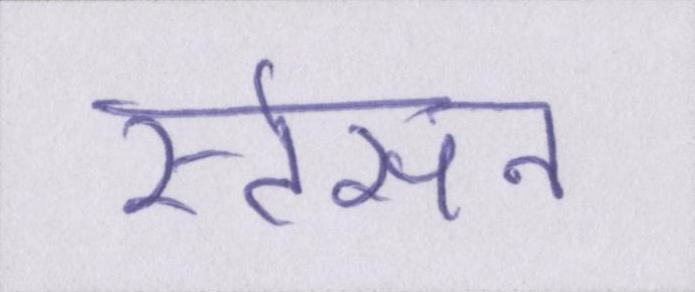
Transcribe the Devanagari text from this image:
स्टेसन